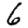
Digit: 6